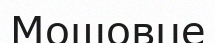
Мошовце